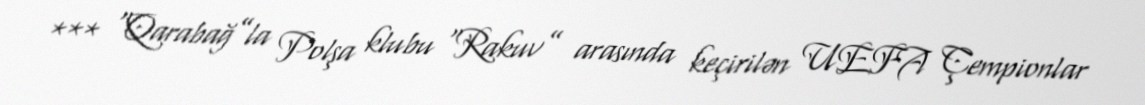
*** “Qarabağ”la Polşa klubu “Rakuv” arasında keçirilən UEFA Çempionlar